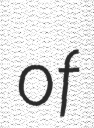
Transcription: of